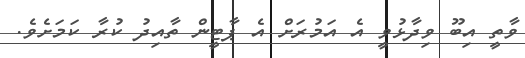
ވާތީ އިބޫ ވިދާޅުވީ އެ އަމުރަށް އެ ޕާޓީން ތާއިދު ކުރާ ކަމަށެވެ.